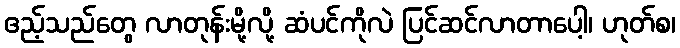
ဧည့်သည်တွေ လာတုန်းမို့လို့ ဆံပင်ကိုလဲ ပြင်ဆင်လာတာပေါ့၊ ဟုတ်စ၊